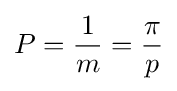
P={\frac {1}{m}}={\frac {\pi }{p}}